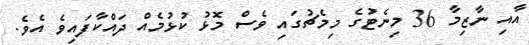
އާއި ނާޒިމާ 36 މިނެޓުގެ މިމެޗުގައި ވެސް މޮޅު ކުޅުމެއް ދައްކާފައިވެ އެވެ.